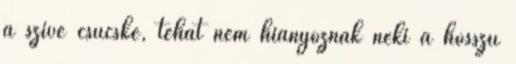
a szíve csücske, tehát nem hiányoznak neki a hosszú